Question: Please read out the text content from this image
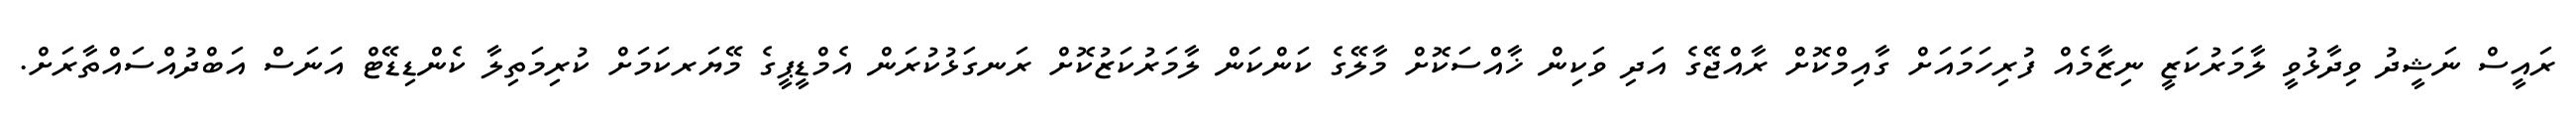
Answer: ރައީސް ނަޝީދު ވިދާޅުވީ ލާމަރުކަޒީ ނިޒާމެއް ފުރިހަމައަށް ގާއިމްކޮށް ރާއްޖޭގެ އަދި ވަކިން ޚާއްސަކޮށް މާލޭގެ ކަންކަން ލާމަރުކަޒުކޮށް ރަނގަޅުކުރަން އެމްޑީޕީގެ މޭޔަރކަމަށް ކުރިމަތިލާ ކެންޑިޑޭޓް އަނަސް އަބްދުއްސައްތާރަށް.